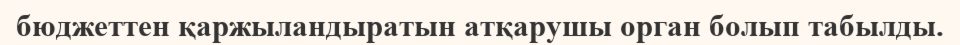
бюджеттен қаржыландыратын атқарушы орган болып табылды.